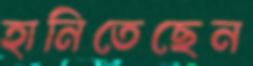
হানিতেছেন